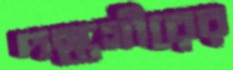
দস্তগীরের